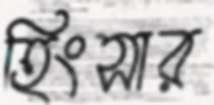
হিংসার